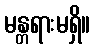
မန္တရားမရှိ။